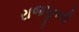
રાજપૂતની